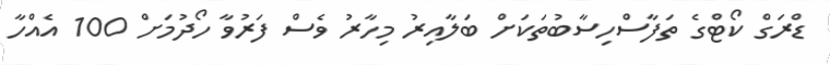
ޑްރަގް ކޯޓްގެ ތަފާސްހިސާބުތަކަށް ބަލާއިރު މިހާރު ވެސް ފަރުވާ ހޯދުމަށް 100 އެއްހާ